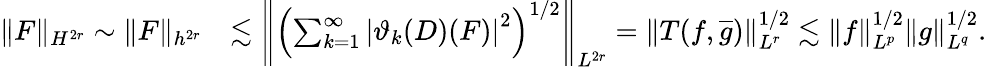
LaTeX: \begin{array}{rl}{\| F\| _{H^{2r}}\sim\| F\| _{h^{2r}}}&{\lesssim\left\Vert\left(\sum_{k=1}^{\infty}\left|\vartheta_{k}(D)(F)\right|^{2}\right)^{1/2}\right\Vert_{L^{2r}}=\left\Vert T(f,\overline{{g}})\right\Vert_{L^{r}}^{1/2}\lesssim\| f\| _{L^{p}}^{1/2}\| g\| _{L^{q}}^{1/2}.}\end{array}